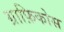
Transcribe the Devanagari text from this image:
ग्राफ़िकोस